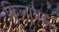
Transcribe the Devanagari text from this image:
किलाबद्ध